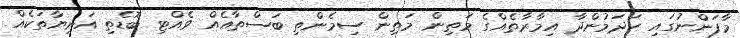
މާފަންނުގައި ހަދަމުންދާ އިމާރާތެއްގެ މަތިން މަތިން ސިމެންތި ބަސްތާއެއް ވެއްޓި ބޮޑެތި އަނިޔާތަކެއް